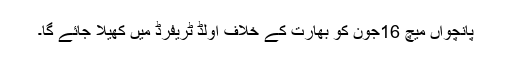
پانچواں میچ 16جون کو بھارت کے خلاف اولڈ ٹریفرڈ میں کھیلا جائے گا۔